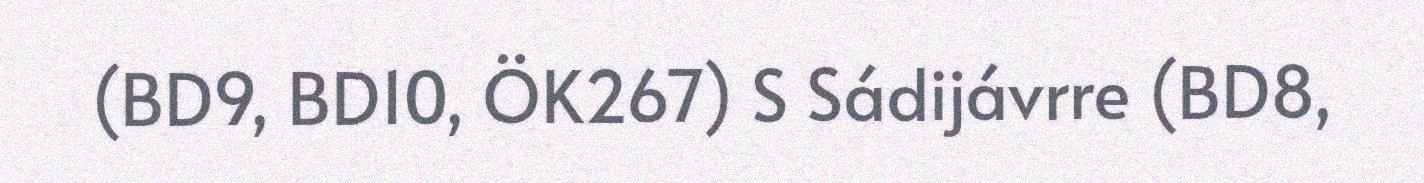
(BD9, BD10, ÖK267) S Sádijávrre (BD8,